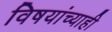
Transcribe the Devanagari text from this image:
विषयांच्याही